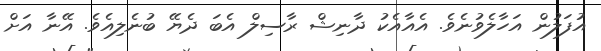
އުފަލުން އަހާލެވުނެވެ. އެއާއެކު ދާނިޝް ރާސިލް އެބަ ދެޔޭ ބުނެލިއެވެ. އޭނާ އަށް